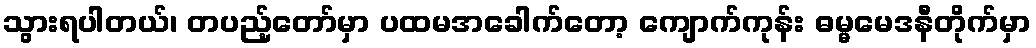
သွားရပါတယ်၊ တပည့်တော်မှာ ပထမအခေါက်တော့ ကျောက်ကုန်း ဓမ္မမေဒနီတိုက်မှာ